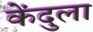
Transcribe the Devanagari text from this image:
केंदुला